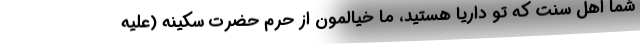
شما اهل سنت که تو داریا هستید، ما خیالمون از حرم حضرت سکینه (علیه